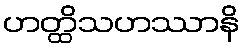
ဟတ္ထိသဟဿာနိ